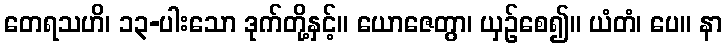
တေရသဟိ၊ ၁၃-ပါးသော ဒုက်တို့နှင့်။ ယောဇေတွာ၊ ယှဉ်စေ၍။ ယံတံ၊ ပေ။ နာ